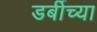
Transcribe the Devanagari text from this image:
डर्बीच्या